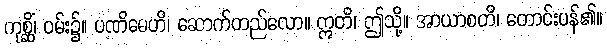
ကုစ္ဆိံ၊ ဝမ်း၌။ ပဏိဓေဟိ၊ ဆောက်တည်လော။ ဣတိ၊ ဤသို့။ အာယာစတိ၊ တောင်းပန်၏။